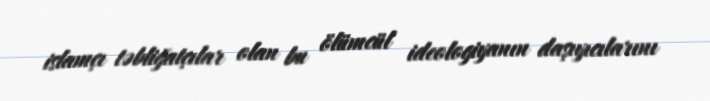
islamçı təbliğatçılar olan bu ölümcül ideologiyanın daşıyıcılarını